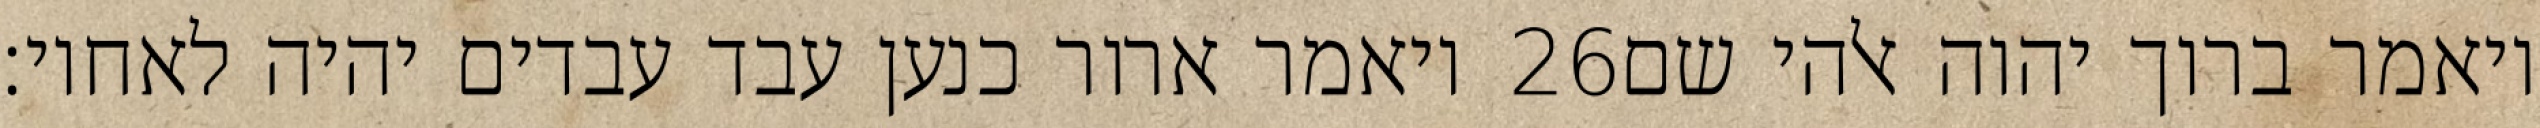
ויאמר ארור כנען עבד עבדים יהיה לאחיו׃ ‎26‏ ויאמר ברוך יהוה אלהי שם